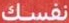
نفسك